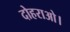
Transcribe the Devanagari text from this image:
दोहराओ।